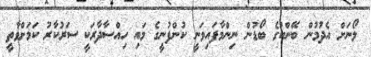
ލޯނަށް އެދުމުން ބޭންކުގެ ބޯޑުން ނިންމާފައިވަނީ ކުންފުނީގެ މައި ހިއްސާދާރަކީ ސަރުކާރު ކަމަށްވާތީ